Lock hospitals Punjab
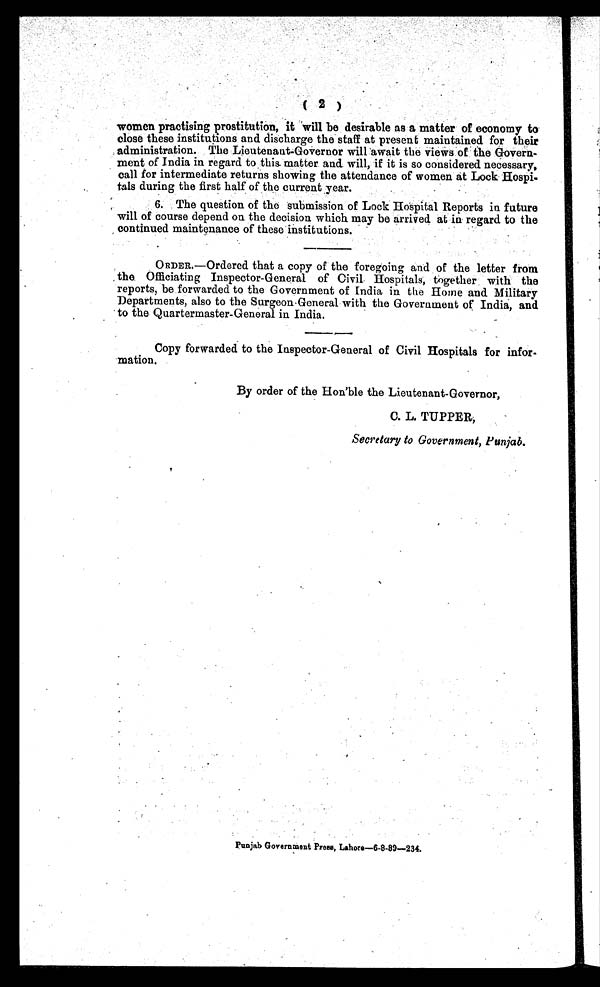
( 2 )
women practising prostitution, it will be desirable as a matter of economy to
close these institutions and discharge the staff at present maintained for their
administration. The Lieutenant-Governor will await the views of the Govern-
ment of India in regard to this matter and will, if it is so considered necessary,
call for intermediate returns showing the attendance of women at Lock Hospi-
tals during the first half of the current year.
6. The question of the submission of Lock Hospital Reports in future
will of course depend on the decision which may be arrived at in regard to the
continued maintenance of these institutions.
ORDER.—Ordered that a copy of the foregoing and of the letter from
the Officiating Inspector-General of Civil Hospitals, together with the
reports, be forwarded to the Government of India in the Home and Military
Departments, also to the Surgeon General with the Government of India, and
to the Quartermaster-General in India.
Copy forwarded to the Inspector-General of Civil Hospitals for infor-
mation.
By order of the Hon'ble the Lieutenant-Governor,
C. L. TUPPER,
Secretary to Government, Punjab.
Punjab Government Press, Lahore-6-8-89-234.